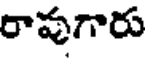
రావుగారు